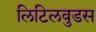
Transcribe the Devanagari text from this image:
लिटिलवुडस